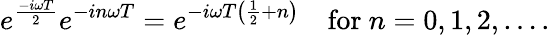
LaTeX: e^{\frac{-i\omega T}{2}}e^{-in\omega T}=e^{-i\omega T\left({\frac{1}{2}}+n\right)}\quad{\mathrm{for~}}n=0,1,2,\ldots.